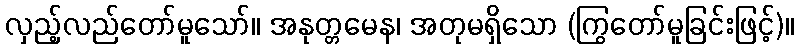
လှည့်လည်တော်မူသော်။ အနုတ္တမေန၊ အတုမရှိသော (ကြွတော်မူခြင်းဖြင့်)။